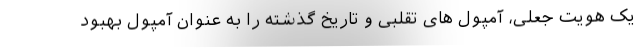
یک هویت جعلی، آمپول های تقلبی و تاریخ گذشته را به عنوان آمپول بهبود